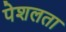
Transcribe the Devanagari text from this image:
पेशलता